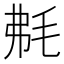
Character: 𣭘